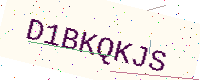
Text: D1BKQKJS